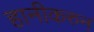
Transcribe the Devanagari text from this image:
हानीकरुन